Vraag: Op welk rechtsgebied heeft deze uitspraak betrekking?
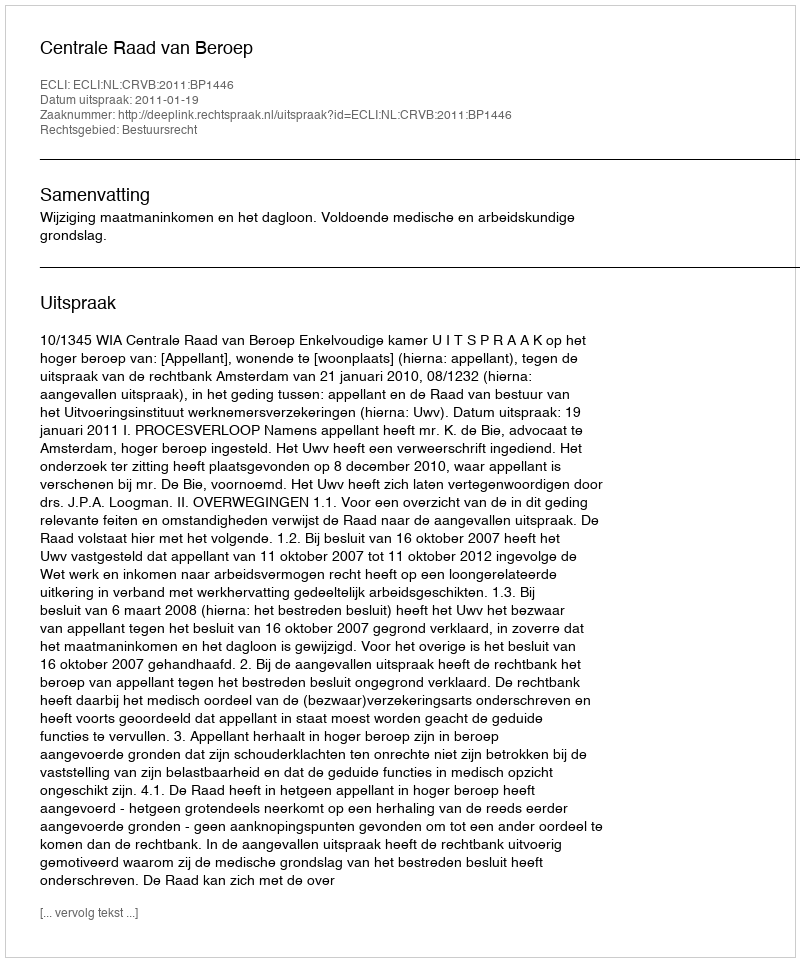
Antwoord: Bestuursrecht